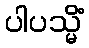
ပါပသ္မိံ